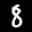
Label: 8